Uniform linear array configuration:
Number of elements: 8
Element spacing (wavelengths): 1
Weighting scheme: cosine
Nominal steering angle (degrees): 30
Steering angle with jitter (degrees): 28.058
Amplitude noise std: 0.05
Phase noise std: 0.05

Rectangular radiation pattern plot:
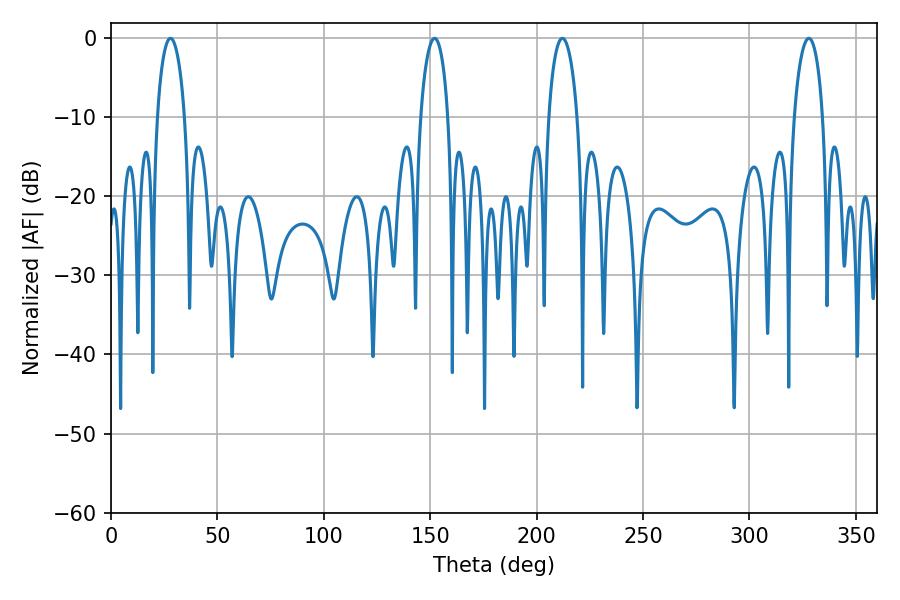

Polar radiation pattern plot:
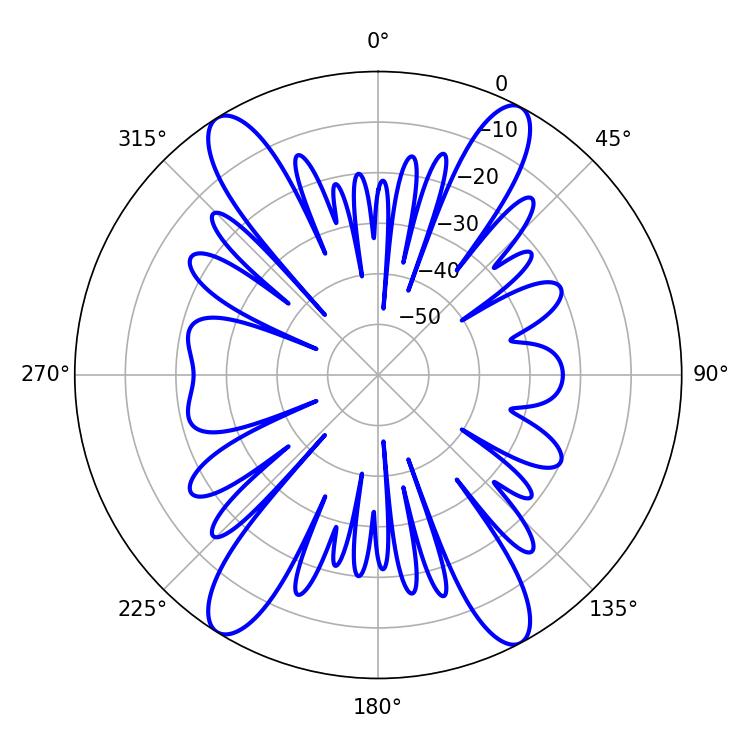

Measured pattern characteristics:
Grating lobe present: TRUE
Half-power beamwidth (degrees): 7.38
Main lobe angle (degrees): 27.9